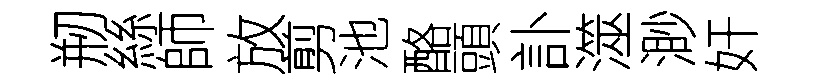
剏絲師放剪池酪頭訃澨渺奸